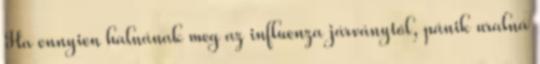
Ha ennyien halnának meg az influenza járványtól, pánik uralná